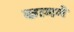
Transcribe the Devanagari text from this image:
काममे